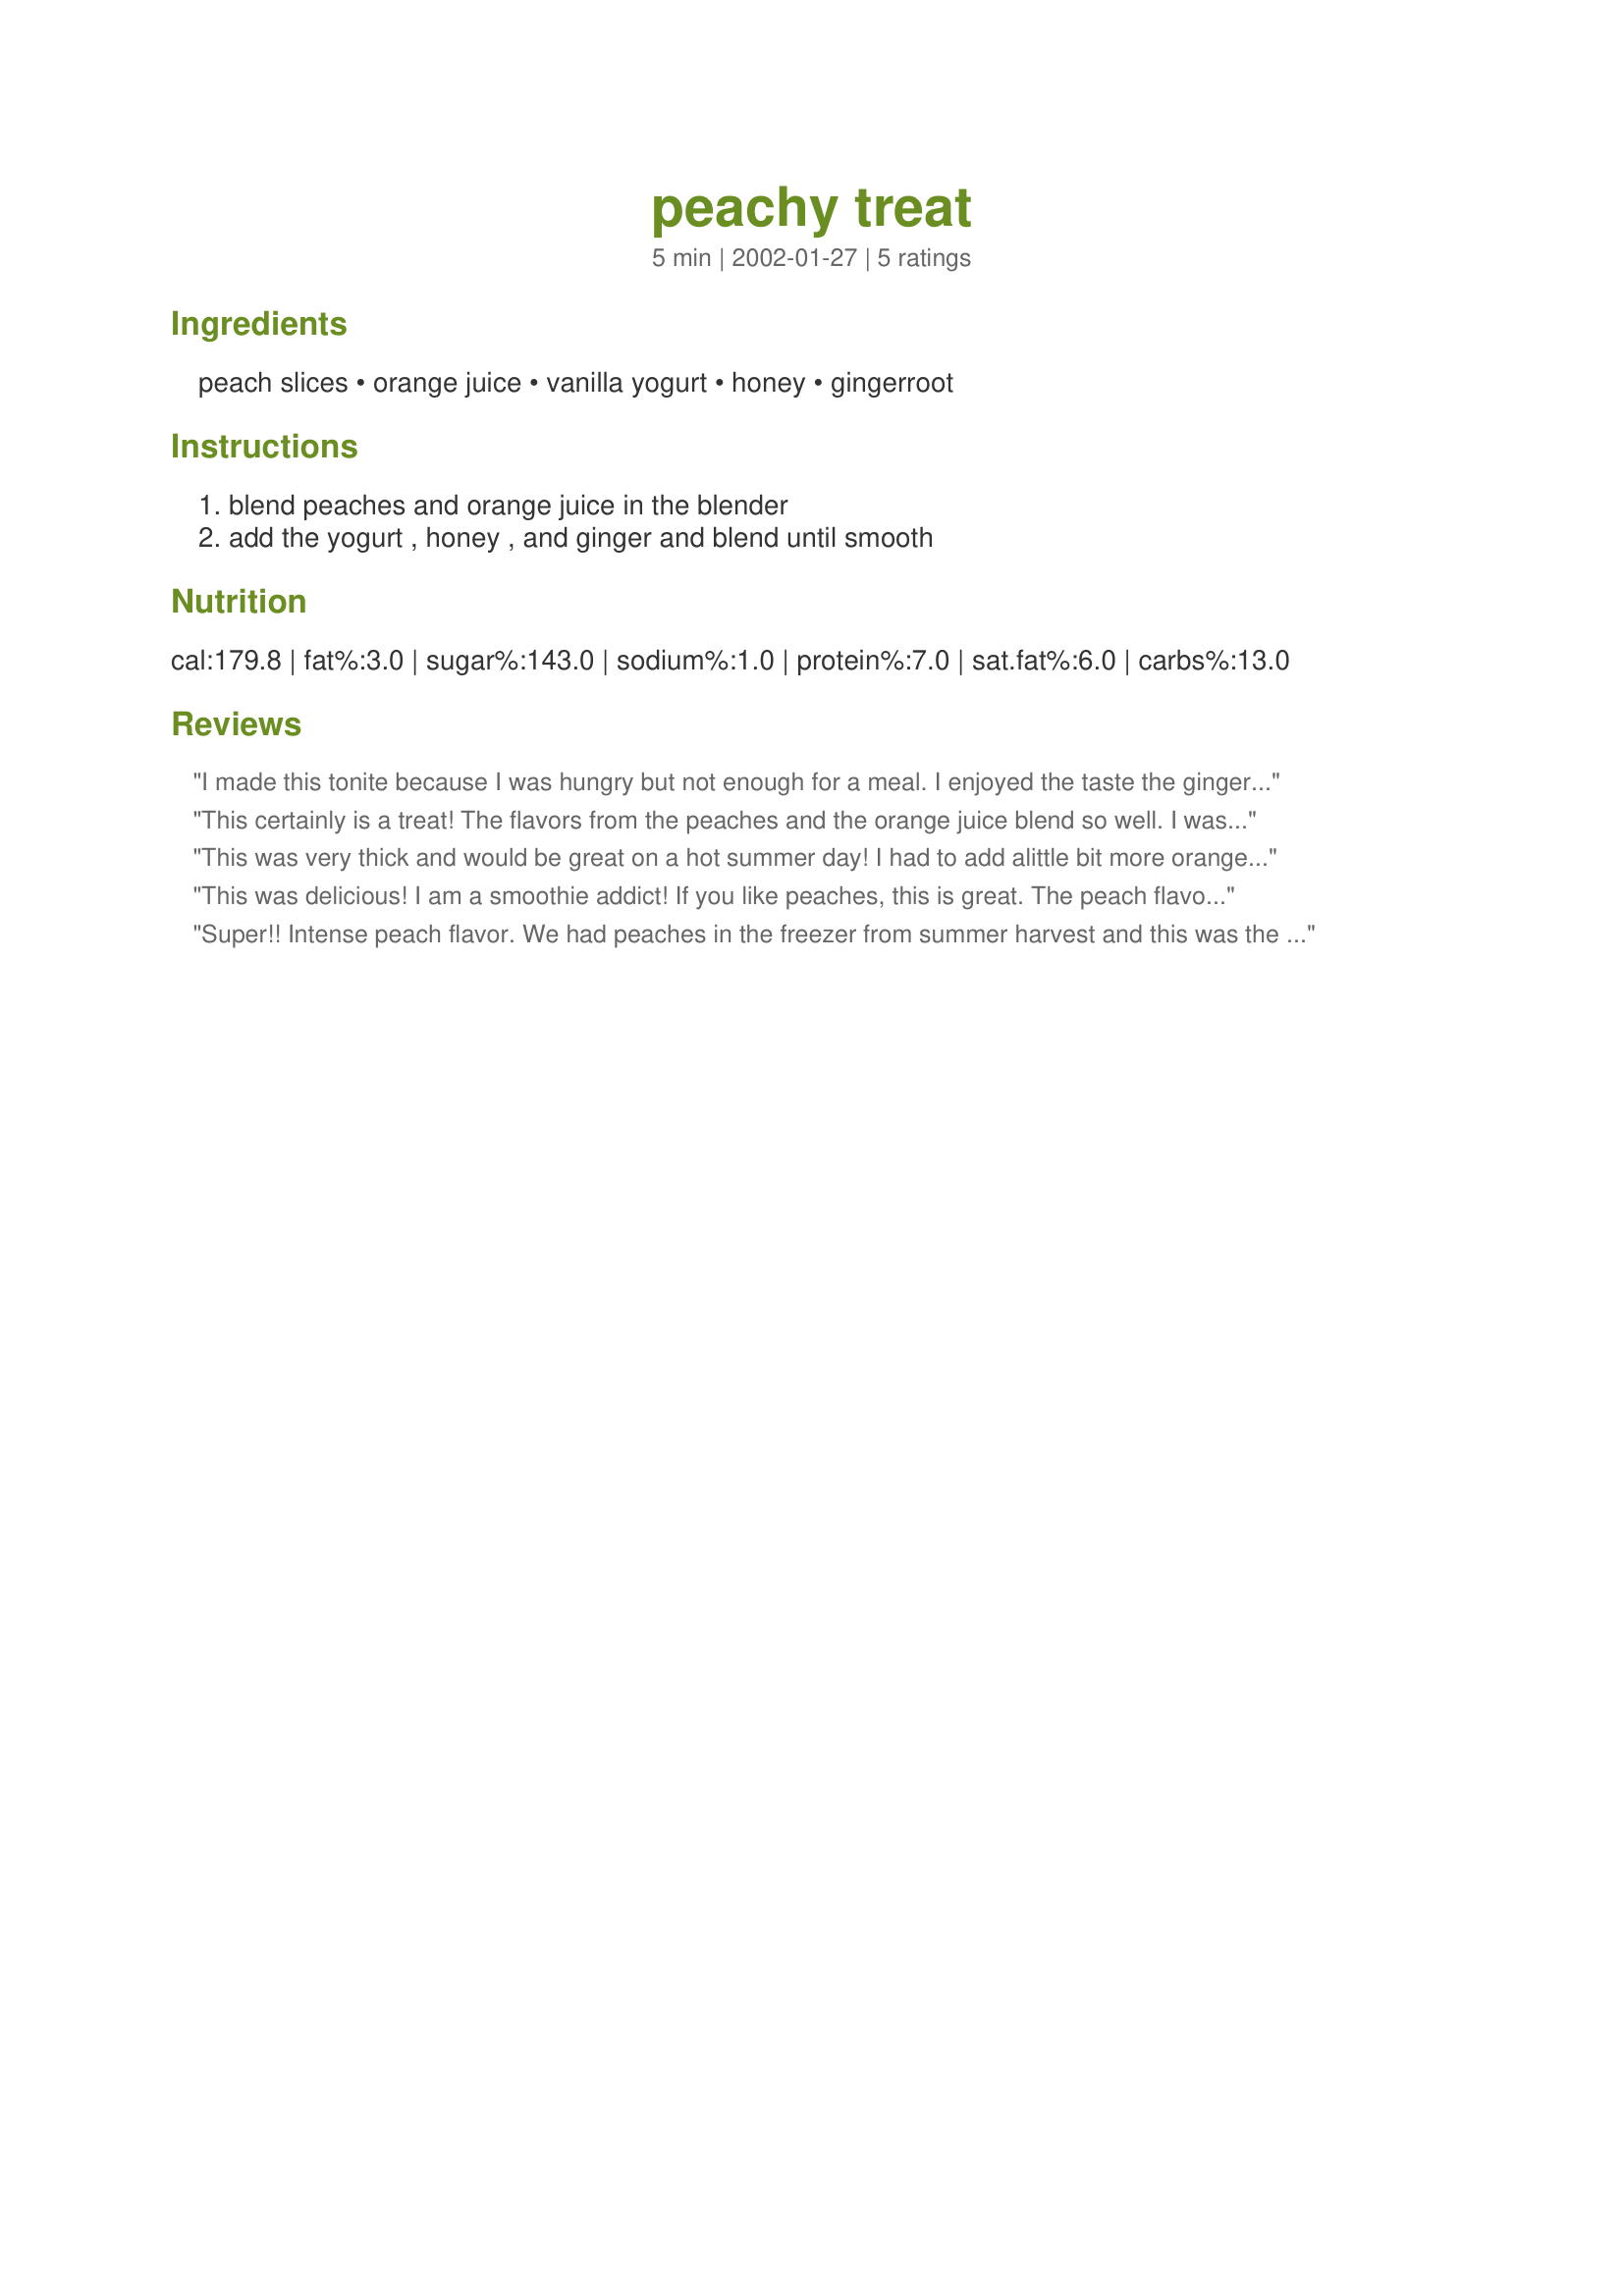
peachy treat
Preparation time: 5 minutes

Ingredients:
peach slices, orange juice, vanilla yogurt, honey, gingerroot

Steps:
blend peaches and orange juice in the blender, add the yogurt , honey , and ginger and blend until smooth

Reviews:
I made this tonite because I was hungry but not enough for a meal. I enjoyed the taste the ginger gave the drink but it was a bit strong. Still a yummy smoothie! Thanks!
This certainly is a treat! The flavors from the peaches and the orange juice blend so well. I was forced to use vanilla soy yogurt instead of regular yogurt, and it still tasted delicious. I also didn't have frozen peaches on hand, so I just threw in a couple of ice cubes. Terrific! I'll be making this frequently now that it's peach season!
This was very thick and would be great on a hot summer day! I had to add alittle bit more orange juice so my blender was able to puree the peaches.
Other than that it was great!
Thanks so much for the recipe!
This was delicious! I am a smoothie addict! If you like peaches, this is great. The peach flavor is intense. Also, no sugar is used in this recipe which is great because I have a diabetic in my family. Thanks so much!
Super!! Intense peach flavor. We had peaches in the freezer from summer harvest and this was the perfect way to use them. All that flavor without all those calories!!! This is a keeper. Thanks Ashley.
